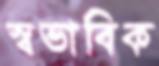
স্বভাবিক